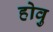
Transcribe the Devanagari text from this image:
होवु